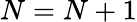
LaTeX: N=N+1